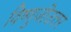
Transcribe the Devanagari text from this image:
विष्णुजीउत्तर